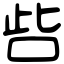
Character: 呰